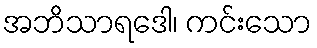
အဘိသာရဒေါ၊ ကင်းသော